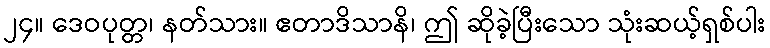
၂၄။ ဒေဝပုတ္တ၊ နတ်သား။ ဧတာဒိသာနိ၊ ဤ ဆိုခဲ့ပြီးသော သုံးဆယ့်ရှစ်ပါး